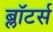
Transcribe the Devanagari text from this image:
ब्लॉटर्स